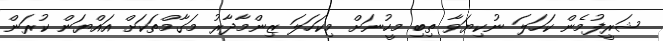
ޝަރީފުމެން ކަހަލަ ނުކިޔަވާ ތިބި މީހުނަށް މިކަހަލަ ޒިންމާދާރު މަގާމްތަކަށް އައްޔަން ކުރަން